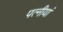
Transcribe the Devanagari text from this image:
पत्नीयां